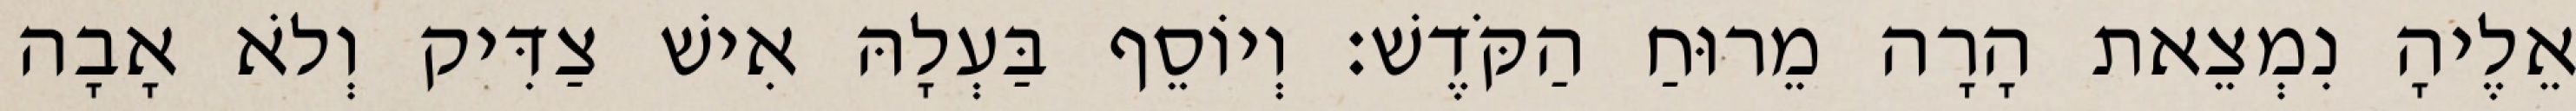
אֵלֶיהָ נִמְצֵאת הָרָה מֵרוּחַ הַקֹּדֶשׁ׃ וְיוֹסֵף בַּעְלָהּ אִישׁ צַדִּיק וְלֹא אָבָה